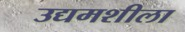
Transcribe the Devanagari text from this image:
उद्यमशीला